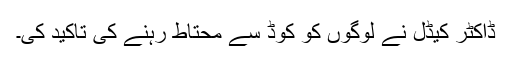
ڈاکٹر کیڈل نے لوگوں کو کوڈ سے محتاط رہنے کی تاکید کی۔